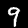
Digit: 9